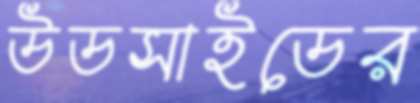
উডসাইডের